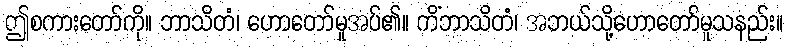
ဤစကားတော်ကို။ ဘာသိတံ၊ ဟောတော်မူအပ်၏။ ကိံဘာသိတံ၊ အဘယ်သို့ဟောတော်မူသနည်း။